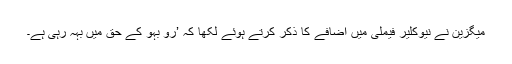
میگزین نے نیوکلیر فیملی میں اضافے کا ذکر کرتے ہوئے لکھا کہ ’رو بہو کے حق میں بہہ رہی ہے۔